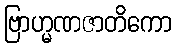
ဗြာဟ္မဏဇာတိကော